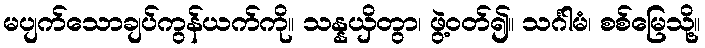
မပျက်သောချပ်ကွန်ယက်ကို။ သန္နယှိတွာ၊ ဖွဲ့ဝတ်၍။ သင်္ဂါမံ၊ စစ်မြေသို့။